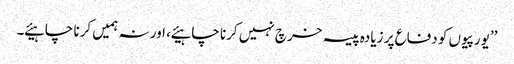
’’یورپیوں کو دفاع پر زیادہ پیسہ خرچ نہیں کرنا چاہیئے ، اور نہ ہمیں کرنا چاہیئے ۔